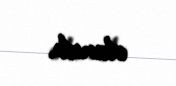
olunub.